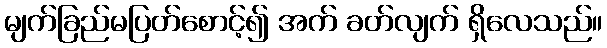
မျက်ခြည်မပြတ်စောင့်၍ အက် ခတ်လျက် ရှိလေသည်။